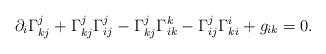
LaTeX: \begin{align*} \partial_i\Gamma^j_{kj}+\Gamma^j_{kj}\Gamma^j_{ij}-\Gamma^j_{kj}\Gamma^k_{ik}-\Gamma^j_{ij}\Gamma^i_{ki}+g_{ik}=0. \end{align*}